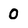
Character: O